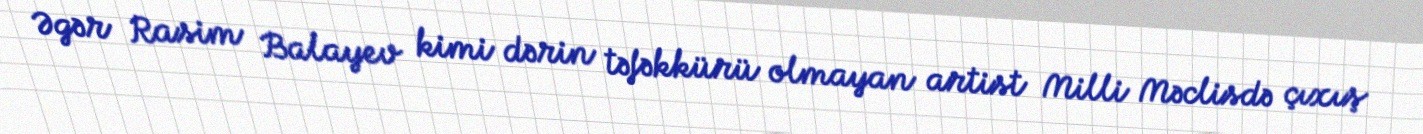
Əgər Rasim Balayev kimi dərin təfəkkürü olmayan artist Milli Məclisdə çıxış